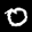
Label: 0